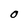
Character: O